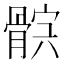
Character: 𩩏